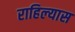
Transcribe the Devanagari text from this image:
राहिल्‍यास